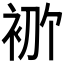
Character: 𫋶